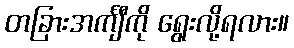
တခြားအင်္ကျီကို ရွေးလို့ရလား။